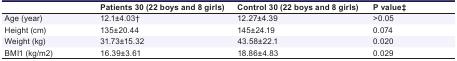
|  | Patients 30 (22 boys and 8 girls) | Control 30 (22 boys and 8 girls) | P value‡ |
 | --- | --- | --- | --- |
 | Age (year) | 12.1±4.03† | 12.27±4.39 | >0.05 |
 | Height (cm) | 135±20.44 | 145±24.19 | 0.074 |
 | Weight (kg) | 31.73±15.32 | 43.58±22.1 | 0.020 |
 | BMI1 (kg/m2) | 16.39±3.61 | 18.86±4.83 | 0.029 |